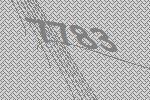
7783